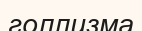
голлизма